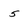
Character: 5